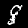
Digit: 8